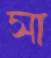
সা